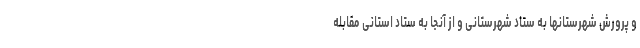
و پرورش شهرستانها به ستاد شهرستانی و از آنجا به ستاد استانی مقابله